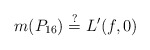
\begin{align*}m(P_{16}) \stackrel{?}{=} L'(f,0)\end{align*}